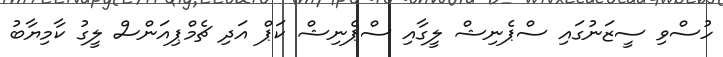
ހުސްވި ސީޒަނުގައި ސްޕެނިޝް ލީގާއި ސްޕެނިޝް ކަޕް އަދި ޗެމްޕިއަންސް ލީގު ކާމިޔާބު